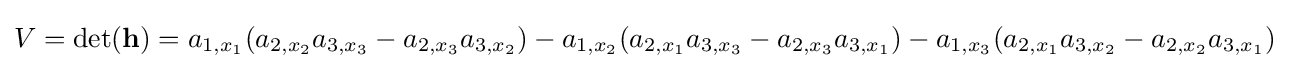
V=\det(\mathbf {h} )=a_{1,x_{1}}(a_{2,x_{2}}a_{3,x_{3}}-a_{2,x_{3}}a_{3,x_{2}})-a_{1,x_{2}}(a_{2,x_{1}}a_{3,x_{3}}-a_{2,x_{3}}a_{3,x_{1}})-a_{1,x_{3}}(a_{2,x_{1}}a_{3,x_{2}}-a_{2,x_{2}}a_{3,x_{1}})